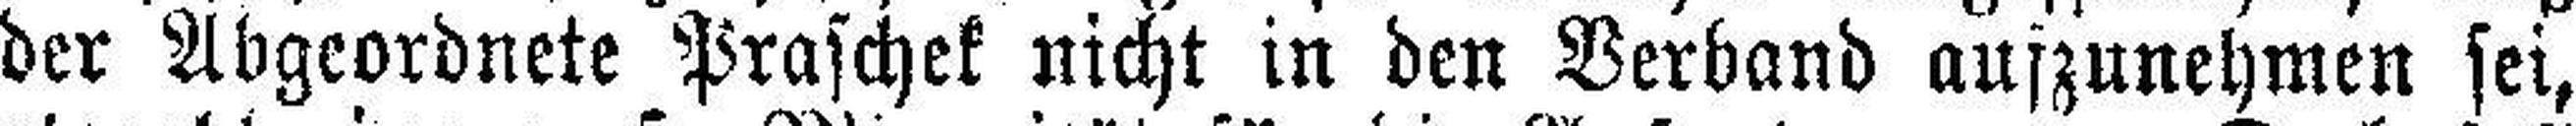
der Abgeordnete Praschek nicht in den Verband aufzunehmen sei,